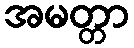
အမတ္တာ